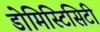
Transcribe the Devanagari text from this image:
डोमिस्टिसिटी